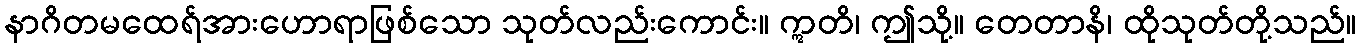
နာဂိတမထေရ်အားဟောရာဖြစ်သော သုတ်လည်းကောင်း။ ဣတိ၊ ဤသို့။ တေတာနိ၊ ထိုသုတ်တို့သည်။